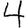
Digit: 4